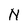
Character: N